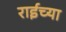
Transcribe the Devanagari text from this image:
राईच्या